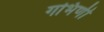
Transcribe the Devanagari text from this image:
गभिणी